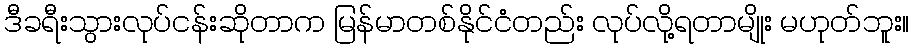
ဒီခရီးသွားလုပ်ငန်းဆိုတာက မြန်မာတစ်နိုင်ငံတည်း လုပ်လို့ရတာမျိုး မဟုတ်ဘူး။